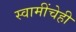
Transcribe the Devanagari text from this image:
स्वामींचेही